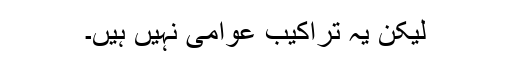
لیکن یہ تراکیب عوامی نہیں ہیں۔